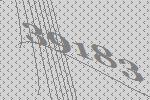
39183